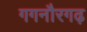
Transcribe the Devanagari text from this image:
गगनौरगढ़